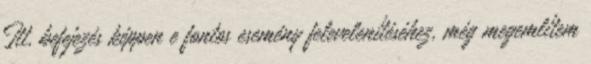
Itt, befejezés képpen e fontos esemény felevelenítéséhez, még megemlítem